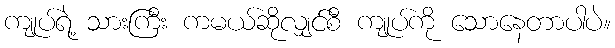
ကျုပ်ရဲ့ သားကြီး ကမယ်ဆိုလျှင်စီ ကျုပ်ကို သောနေတာပါပဲ။